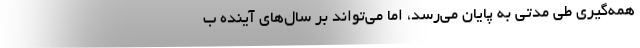
همه‌گیری طی مدتی به پایان می‌رسد، اما می‌تواند بر سال‌های آینده ب